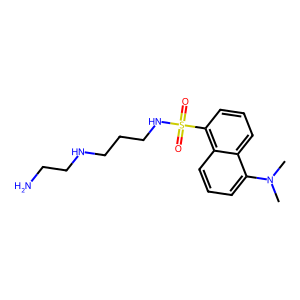
SMILES: CN(C)c1cccc2c(S(=O)(=O)NCCCNCCN)cccc12
Inhibits HIV replication: No